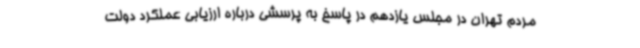
مردم تهران در مجلس یازدهم در پاسخ به پرسشی درباره ارزیابی عملکرد دولت